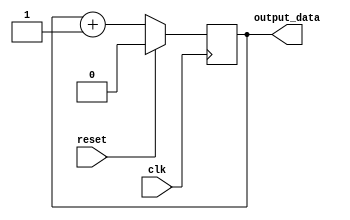
module behavioral_modeling (
    input wire clk,
    input wire reset,
    output reg output_data
);

reg internal_data = 0;

always @(negedge clk) begin
    if (reset) begin
        internal_data <= 0;
    end else begin
        internal_data <= internal_data + 1;
    end
end

assign output_data = internal_data;

endmodule